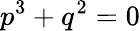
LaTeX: p^{3}+q^{2}=0